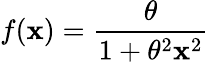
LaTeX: f(\mathbf{x})={\frac{{\theta}}{{1+\theta^{2}\mathbf{x}^{2}}}}